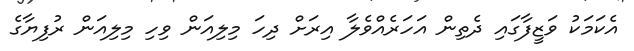
އެކަމަކު ވަޒީފާގައި ދެތިން އަހަރެއްވެލާ އިރަށް ދިހަ މިލިއަން ވިހި މިލިއަން ރުފިޔާގެ